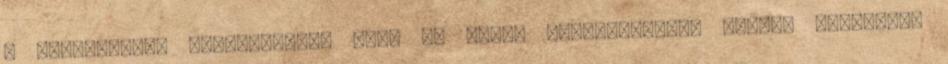
a tojáslepény aranysárgára sül, és kissé megemelkedik. Vágjuk cikkekre,